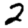
Digit: 2